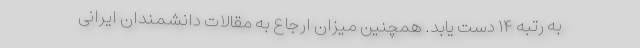
به رتبه ۱۴ دست یابد. همچنین میزان ارجاع به مقالات دانشمندان ایرانی